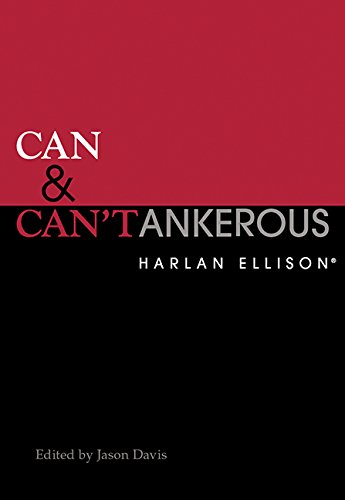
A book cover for Can & Can'tankerous; Harlan Ellison; Science Fiction & Fantasy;